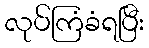
လုပ်ကြံခံရပြီး